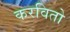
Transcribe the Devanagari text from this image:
करवितो